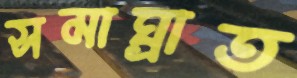
সমাঘ্রাত